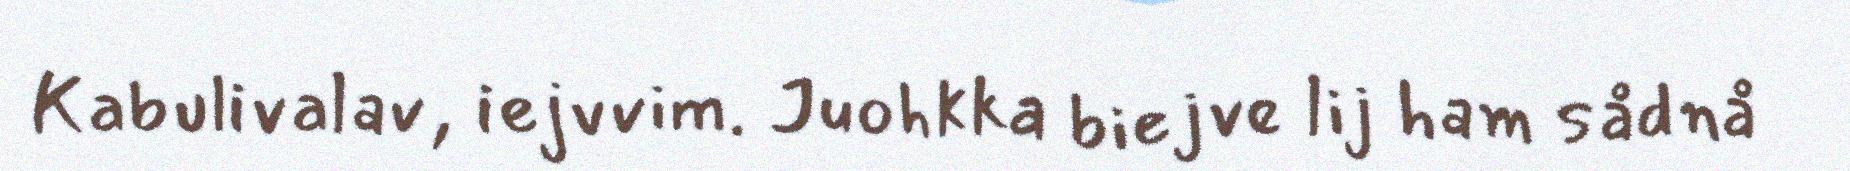
Kabulivalav, iejvvim. Juohkka biejve lij ham sådnå